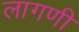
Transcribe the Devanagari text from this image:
लागणी